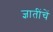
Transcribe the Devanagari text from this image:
ज्ञातींचें